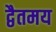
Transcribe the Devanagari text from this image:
द्वैतमय